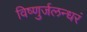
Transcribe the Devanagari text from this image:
विष्णुर्जलन्धरं